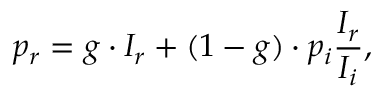
p _ { r } = g \cdot I _ { r } + ( 1 - g ) \cdot p _ { i } \frac { I _ { r } } { I _ { i } } ,